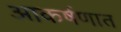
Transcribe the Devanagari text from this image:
आकर्षणात